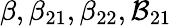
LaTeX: \beta,\beta_{21},\beta_{22},\mathcal{B}_{21}